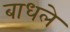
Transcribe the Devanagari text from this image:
बाधले